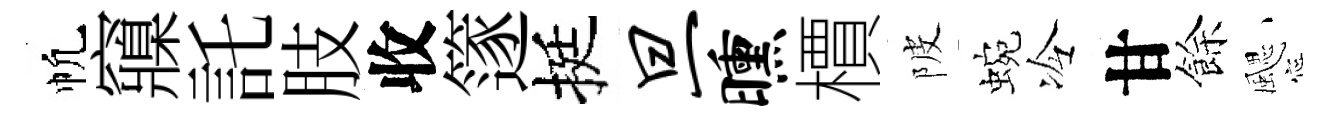
帆䆿託肢收篴挺旦曛檟陂蜿冷甘餘颸